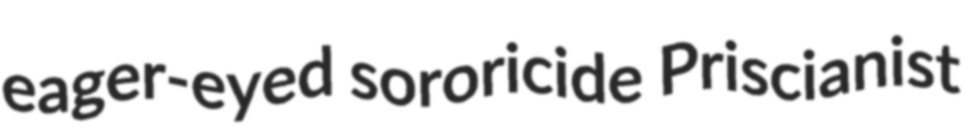
eager-eyed sororicide Priscianist